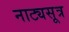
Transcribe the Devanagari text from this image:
नाट्यसूत्र